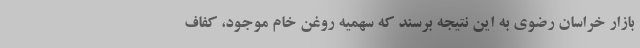
بازار خراسان رضوی به این نتیجه برسند که سهمیه روغن خام موجود، کفاف